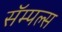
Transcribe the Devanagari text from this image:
सॅम्पल्स